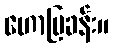
ဟောပြခန်း။